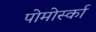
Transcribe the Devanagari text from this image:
पोमोर्स्का